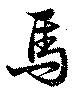
馬